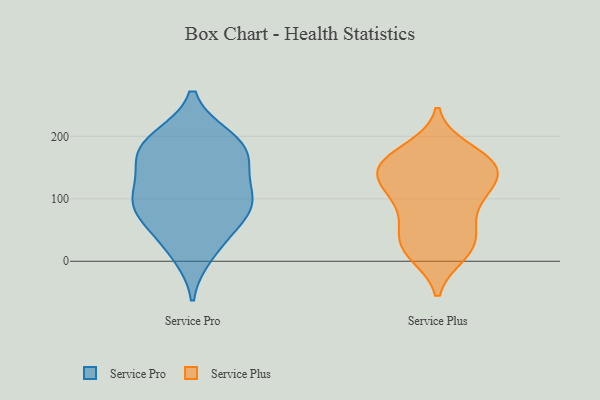
{"axis": {"x": "Temperature (°C)", "y": "Value"}, "legend": ["Service Plus", "Service Pro"], "data": [{"x": "", "y": 94, "type": "Service Pro"}, {"x": "", "y": 33, "type": "Service Pro"}, {"x": "", "y": 113, "type": "Service Pro"}, {"x": "", "y": 172, "type": "Service Pro"}, {"x": "", "y": 179, "type": "Service Pro"}, {"x": "", "y": 147, "type": "Service Pro"}, {"x": "", "y": 67, "type": "Service Pro"}, {"x": "", "y": 84, "type": "Service Pro"}, {"x": "", "y": 168, "type": "Service Pro"}, {"x": "", "y": 104, "type": "Service Pro"}, {"x": "", "y": 197, "type": "Service Pro"}, {"x": "", "y": 12, "type": "Service Pro"}, {"x": "", "y": 84, "type": "Service Pro"}, {"x": "", "y": 196, "type": "Service Pro"}, {"x": "", "y": 55, "type": "Service Plus"}, {"x": "", "y": 156, "type": "Service Plus"}, {"x": "", "y": 13, "type": "Service Plus"}, {"x": "", "y": 114, "type": "Service Plus"}, {"x": "", "y": 157, "type": "Service Plus"}, {"x": "", "y": 27, "type": "Service Plus"}, {"x": "", "y": 108, "type": "Service Plus"}, {"x": "", "y": 97, "type": "Service Plus"}, {"x": "", "y": 154, "type": "Service Plus"}, {"x": "", "y": 145, "type": "Service Plus"}, {"x": "", "y": 120, "type": "Service Plus"}, {"x": "", "y": 161, "type": "Service Plus"}, {"x": "", "y": 22, "type": "Service Plus"}, {"x": "", "y": 64, "type": "Service Plus"}, {"x": "", "y": 144, "type": "Service Plus"}, {"x": "", "y": 177, "type": "Service Plus"}, {"x": "", "y": 22, "type": "Service Plus"}]}